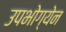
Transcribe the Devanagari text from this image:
उपभोग्येन